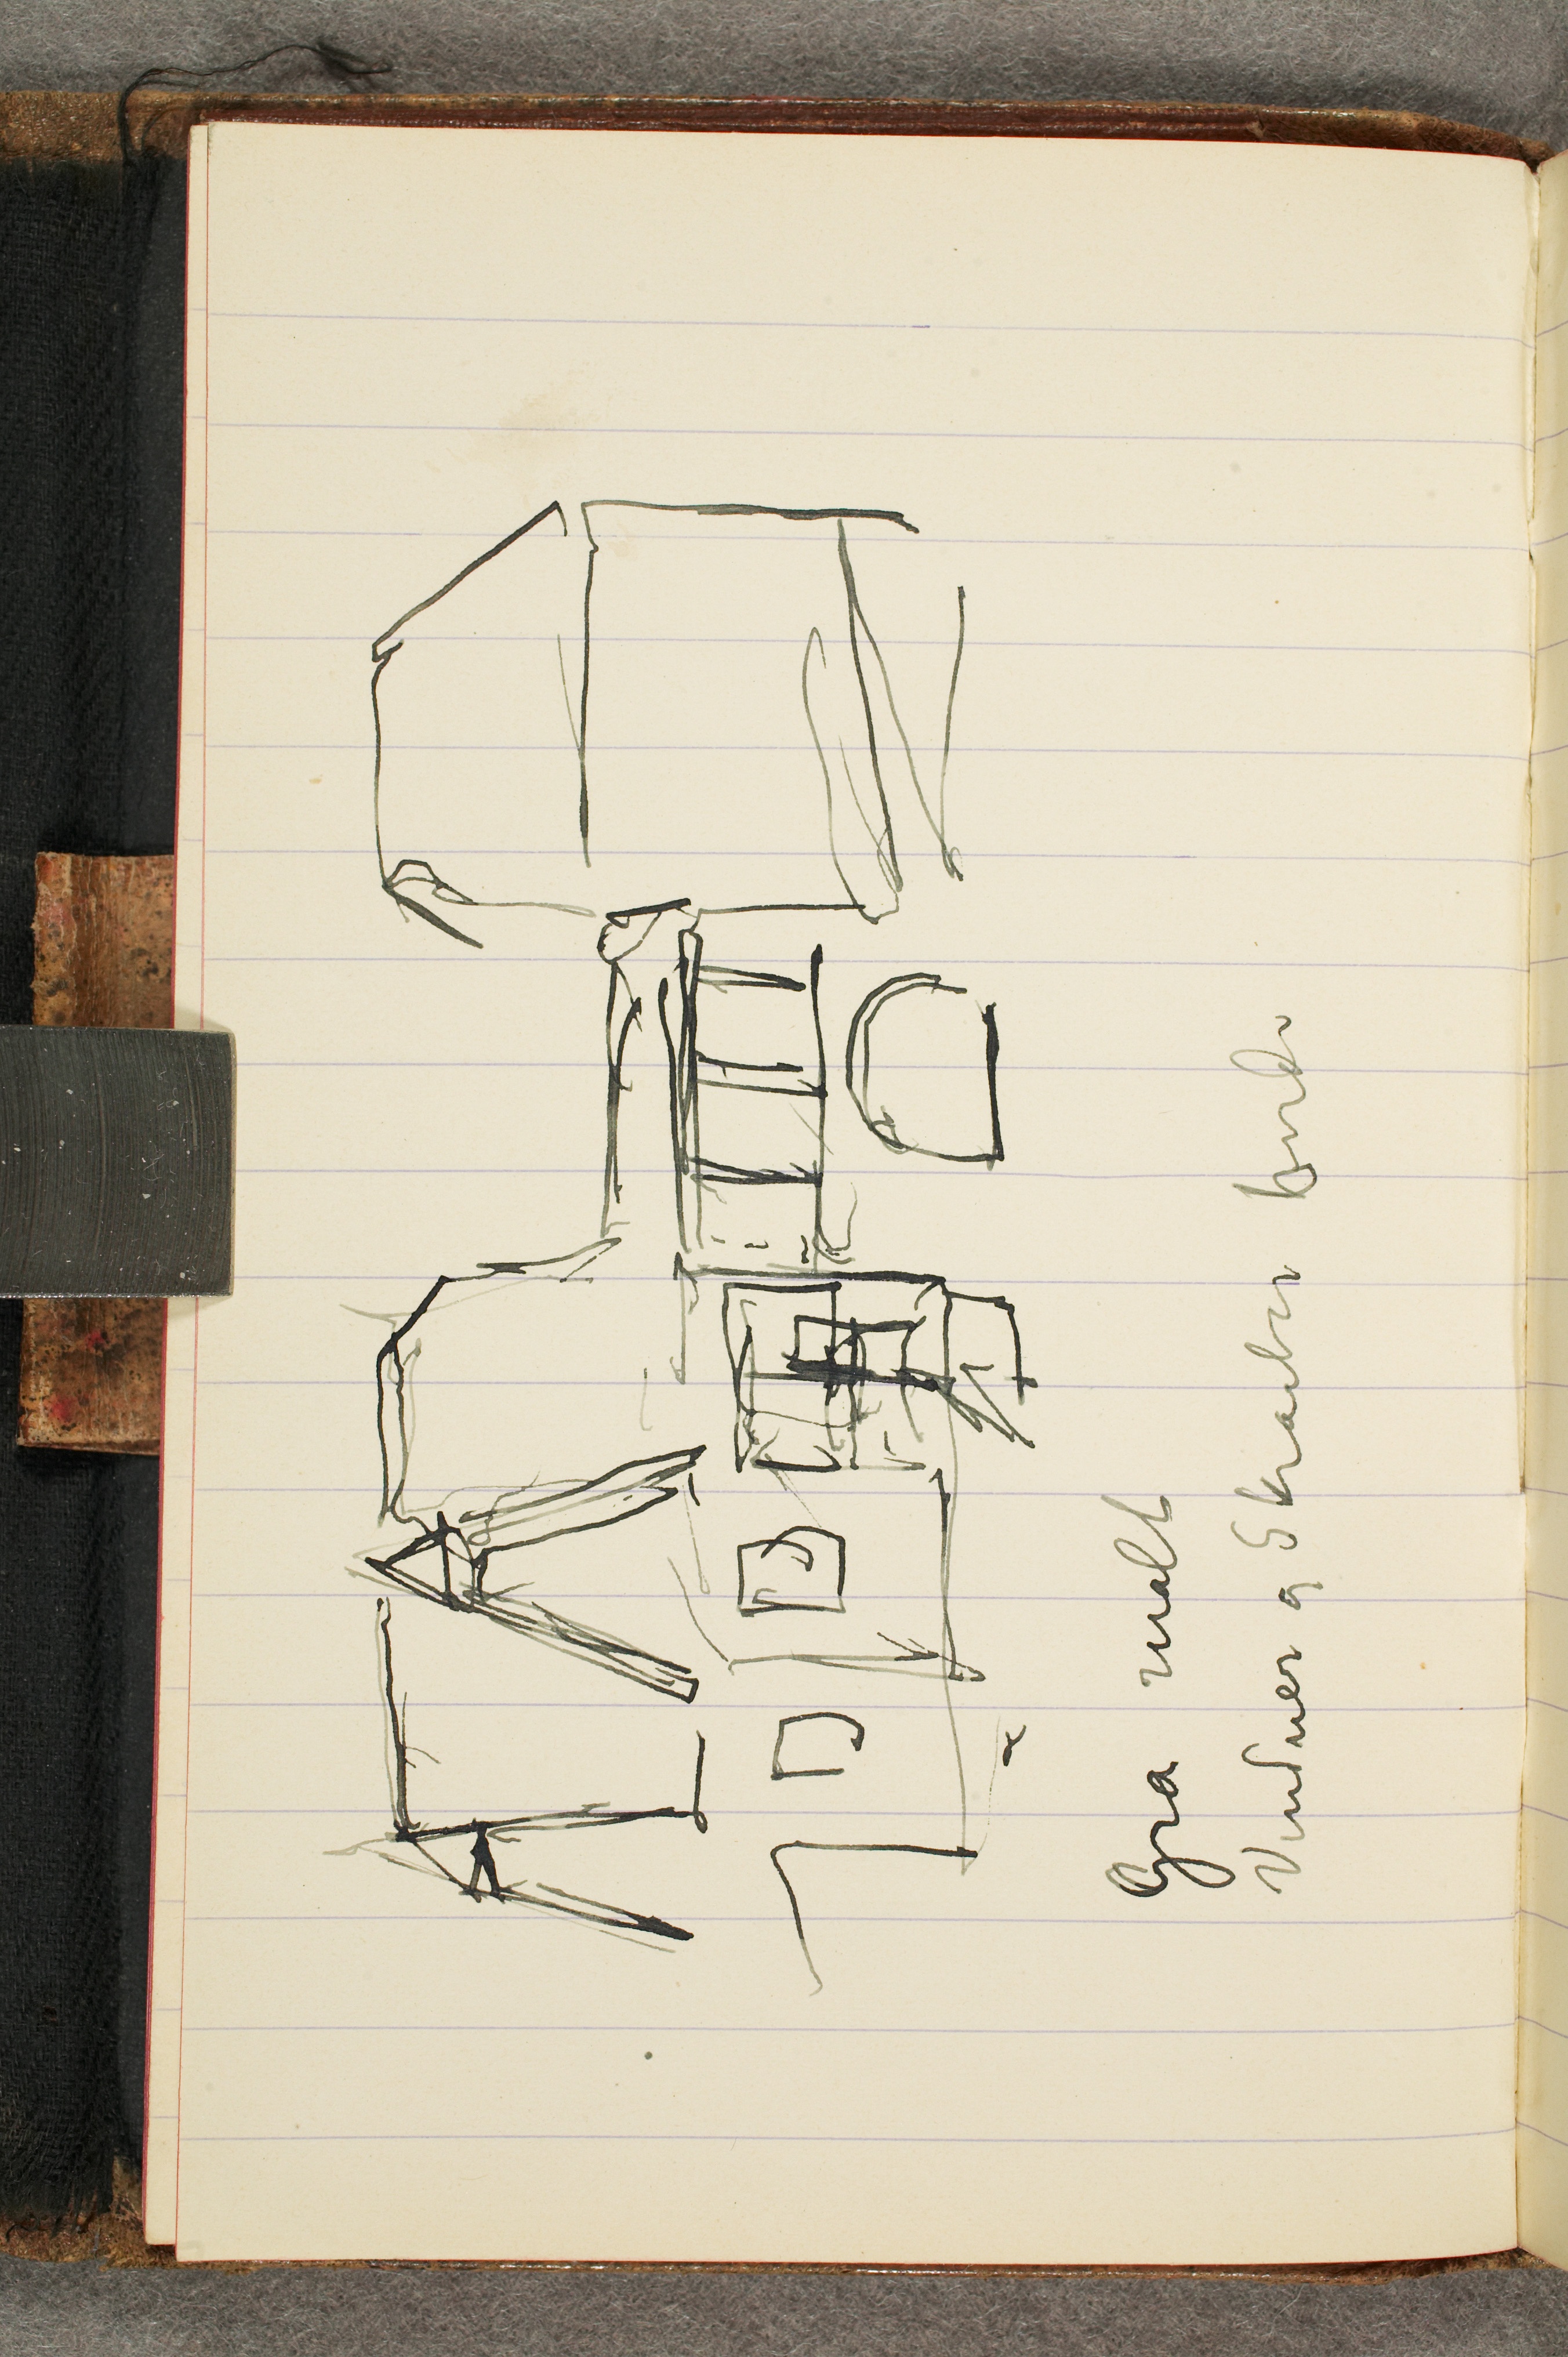
Grå malt
Vinduer og Skraabor hvide